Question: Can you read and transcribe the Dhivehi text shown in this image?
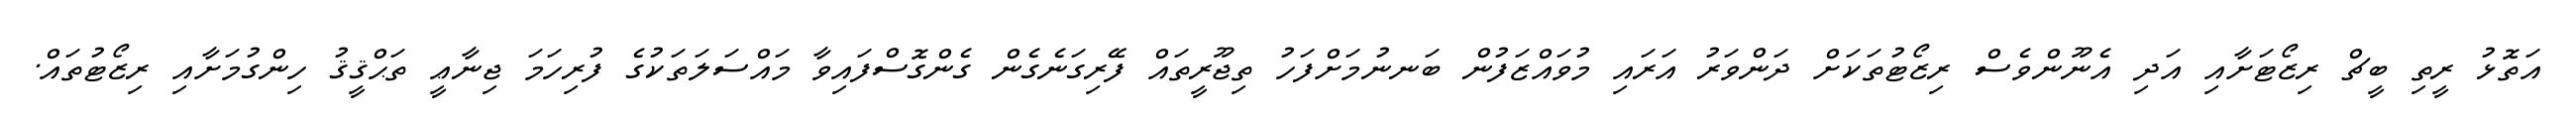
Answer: އަތޮޅު ރީތި ބީޗް ރިޒޯޓަށާއި އަދި އެނޫންވެސް ރިޒޯޓުތަކަށް ދަންވަރު އަރައި މުވައްޒަފުން ބަނނުމަށްފަހު ތިޖޫރީތައް ފޭރިގަނެގެން ގެންގޮސްފައިވާ މައްސަލަތަކުގެ ފުރިހަމަ ޖިނާޢީ ތަޙްޤީޤު ހިންގުމަށާއި ރިޒޯޓުތައް.